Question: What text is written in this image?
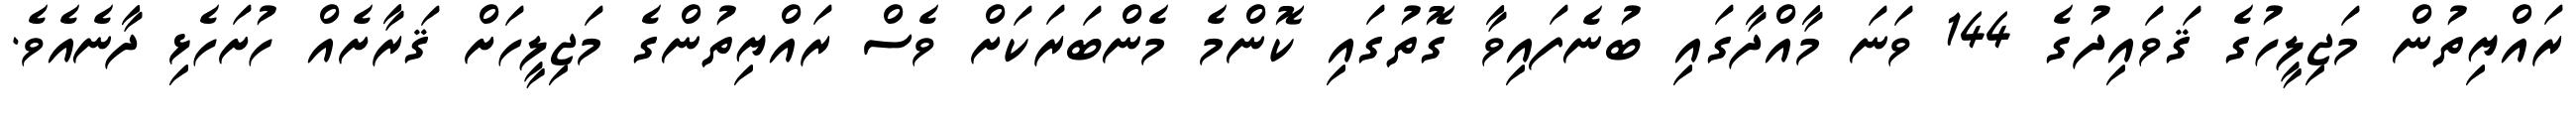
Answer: ރައްޔިތުން މަޖިލީހުގެ ޤަވައިދުގެ 144 ވަނަ މާއްދާގައި ބުނެފައިވާ ގޮތުގައި ކޮންމެ މެންބަރަކަށް ވެސް ރައްޔިތުންގެ މަޖިލީހަށް ޤަރާށެއް ހުށަހެޅި ދާނެއެވެ.